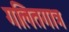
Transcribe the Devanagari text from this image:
गलितगात्र